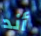
أند